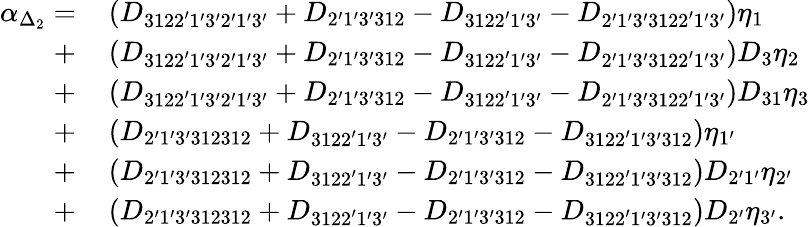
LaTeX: \begin{array}{rl}{\alpha_{\Delta_{2}}=}&{{}\left({{D_{3122^{\prime}1^{\prime}3^{\prime}2^{\prime}1^{\prime}3^{\prime}}}+{D_{2^{\prime}1^{\prime}3^{\prime}312}}-{D_{3122^{\prime}1^{\prime}3^{\prime}}}-{D_{2^{\prime}1^{\prime}3^{\prime}3122^{\prime}1^{\prime}3^{\prime}}}}\right){\eta_{1}}}\\ {+}&{{}\left({{D_{3122^{\prime}1^{\prime}3^{\prime}2^{\prime}1^{\prime}3^{\prime}}}+{D_{2^{\prime}1^{\prime}3^{\prime}312}}-{D_{3122^{\prime}1^{\prime}3^{\prime}}}-{D_{2^{\prime}1^{\prime}3^{\prime}3122^{\prime}1^{\prime}3^{\prime}}}}\right){D_{3}}{\eta_{2}}}\\ {+}&{{}\left({{D_{3122^{\prime}1^{\prime}3^{\prime}2^{\prime}1^{\prime}3^{\prime}}}+{D_{2^{\prime}1^{\prime}3^{\prime}312}}-{D_{3122^{\prime}1^{\prime}3^{\prime}}}-{D_{2^{\prime}1^{\prime}3^{\prime}3122^{\prime}1^{\prime}3^{\prime}}}}\right){D_{31}}{\eta_{3}}}\\ {+}&{{}\left({{D_{2^{\prime}1^{\prime}3^{\prime}312312}}+{D_{3122^{\prime}1^{\prime}3^{\prime}}}-{D_{2^{\prime}1^{\prime}3^{\prime}312}}-{D_{3122^{\prime}1^{\prime}3^{\prime}312}}}\right){\eta_{1^{\prime}}}}\\ {+}&{{}\left({{D_{2^{\prime}1^{\prime}3^{\prime}312312}}+{D_{3122^{\prime}1^{\prime}3^{\prime}}}-{D_{2^{\prime}1^{\prime}3^{\prime}312}}-{D_{3122^{\prime}1^{\prime}3^{\prime}312}}}\right){D_{2^{\prime}1^{\prime}}}{\eta_{2^{\prime}}}}\\ {+}&{{}\left({{D_{2^{\prime}1^{\prime}3^{\prime}312312}}+{D_{3122^{\prime}1^{\prime}3^{\prime}}}-{D_{2^{\prime}1^{\prime}3^{\prime}312}}-{D_{3122^{\prime}1^{\prime}3^{\prime}312}}}\right){D_{2^{\prime}}}{\eta_{3^{\prime}}}.}\end{array}